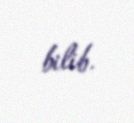
bilib.